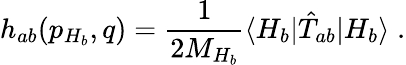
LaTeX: h_{ab}(p_{H_{b}},q)=\frac{1}{2M_{H_{b}}}\langle H_{b}|\hat{T}_{ab}|H_{b}\rangle\; .